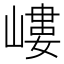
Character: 嶁